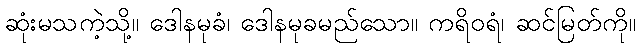
ဆုံးမသကဲ့သို့။ ဒေါနမုခံ၊ ဒေါနမုခမည်သော။ ကရိဝရံ၊ ဆင်မြတ်ကို။